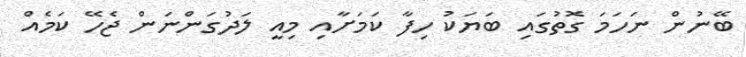
ބޭނުން ނަހަމަ ގޮތުގައި ބަޔަކު ހިފާ ކަމަށާއި މިއީ ލަދުގަންނަން ޖެހޭ ކަމެއް